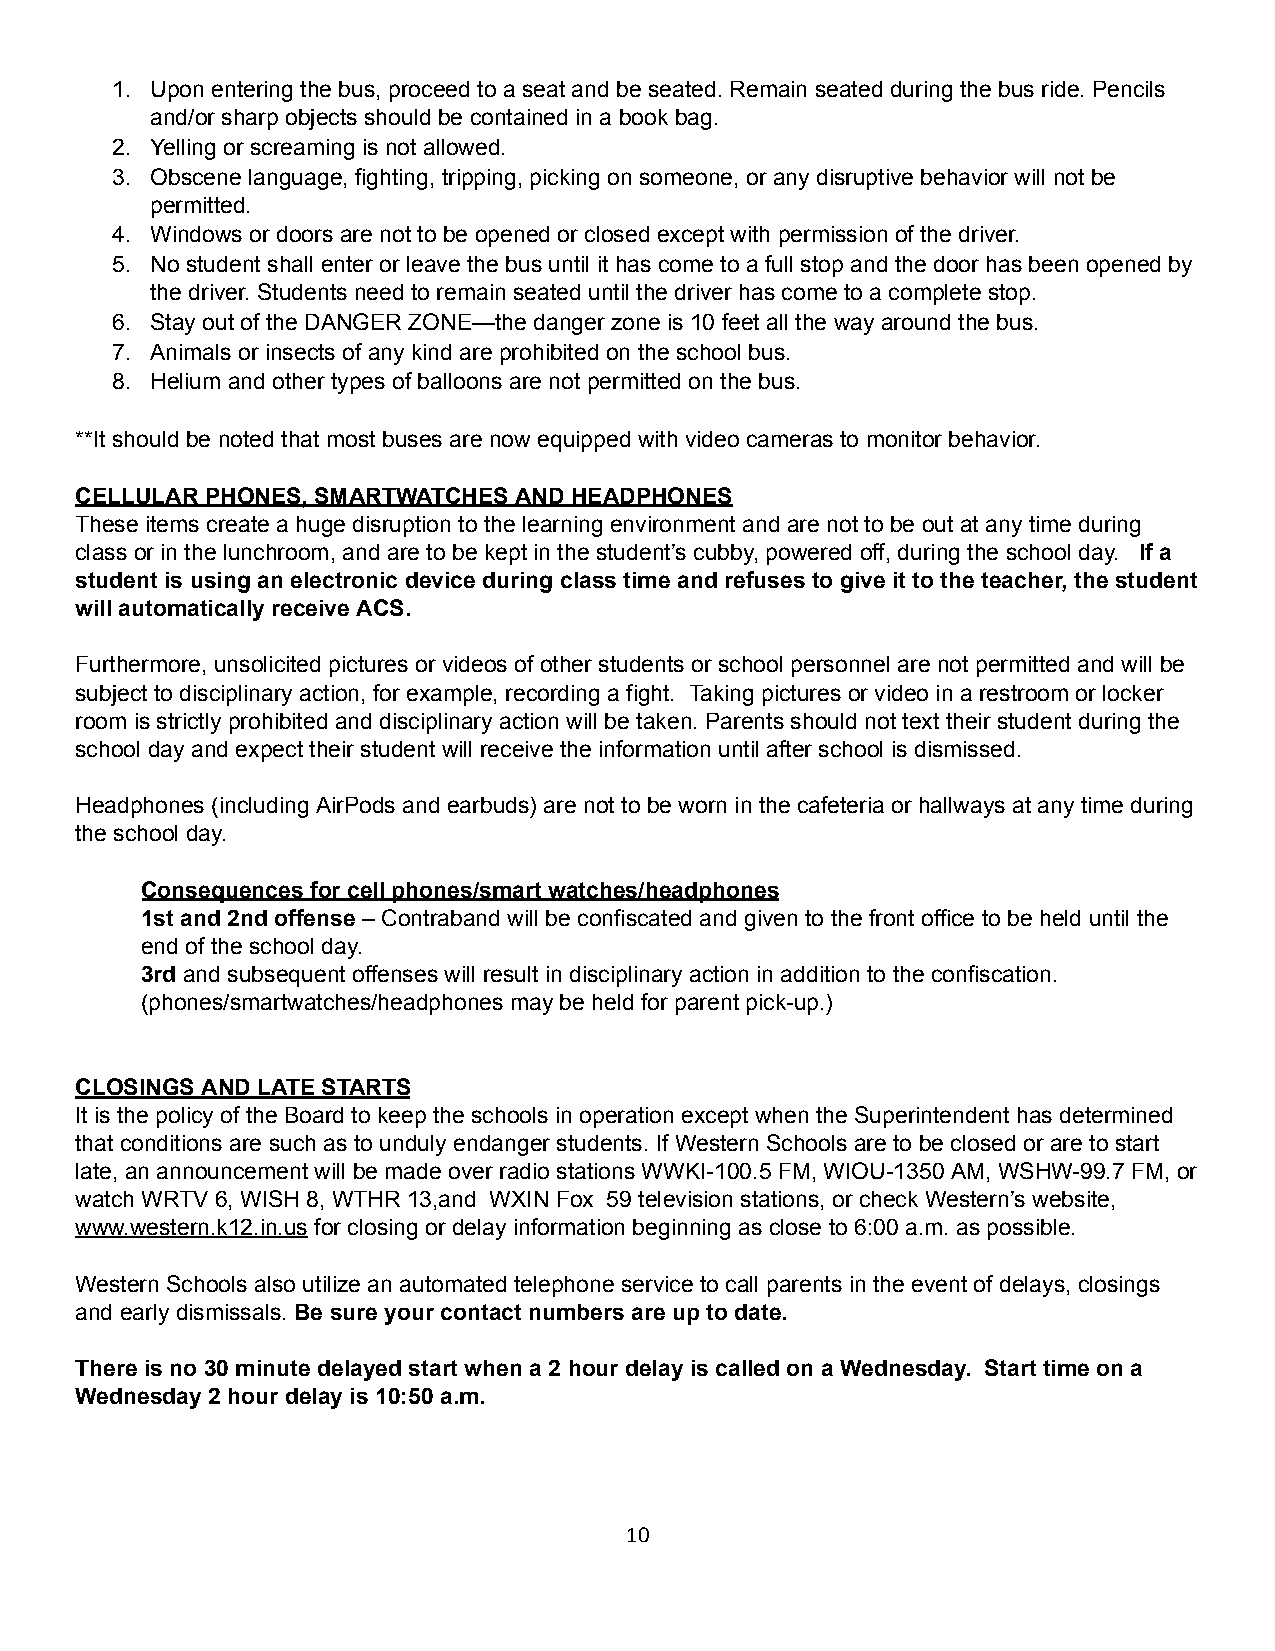
1. Upon entering the bus, proceed to a seat and be seated. Remain seated during the bus ride. Pencils
 and/or sharp objects should be contained in a book bag.
 2. Yelling or screaming is not allowed.
 3. Obscene language, fighting, tripping, picking on someone, or any disruptive behavior will not be
 permitted.
 4. Windows or doors are not to be opened or closed except with permission of the driver.
 5. No student shall enter or leave the bus until it has come to a full stop and the door has been opened by
 the driver. Students need to remain seated until the driver has come to a complete stop.
 6. Stay out of the DANGER ZONE—the danger zone is 10 feet all the way around the bus.
 7. Animals or insects of any kind are prohibited on the school bus.
 8. Helium and other types of balloons are not permitted on the bus.
 **It should be noted that most buses are now equipped with video cameras to monitor behavior.
 CELLULAR PHONES, SMARTWATCHES AND HEADPHONES
 These items create a huge disruption to the learning environment and are not to be out at any time during
 class or in the lunchroom, and are to be kept in the student’s cubby, powered off, during the school day. If a
 student is using an electronic device during class time and refuses to give it to the teacher, the student
 will automatically receive ACS.
 Furthermore, unsolicited pictures or videos of other students or school personnel are not permitted and will be
 subject to disciplinary action, for example, recording a fight. Taking pictures or video in a restroom or locker
 room is strictly prohibited and disciplinary action will be taken. Parents should not text their student during the
 school day and expect their student will receive the information until after school is dismissed.
 Headphones (including AirPods and earbuds) are not to be worn in the cafeteria or hallways at any time during
 the school day.
 Consequences for cell phones/smart watches/headphones
 1st and 2nd offense – Contraband will be confiscated and given to the front office to be held until the
 end of the school day.
 3rd and subsequent offenses will result in disciplinary action in addition to the confiscation.
 (phones/smartwatches/headphones may be held for parent pick-up.)
 CLOSINGS AND LATE STARTS
 It is the policy of the Board to keep the schools in operation except when the Superintendent has determined
 that conditions are such as to unduly endanger students. If Western Schools are to be closed or are to start
 late, an announcement will be made over radio stations WWKI-100.5 FM, WIOU-1350 AM, WSHW-99.7 FM, or
 watch WRTV 6, WISH 8, WTHR 13,and WXIN Fox 59 television stations, or check Western’s website,
 www.western.k12.in.us for closing or delay information beginning as close to 6:00 a.m. as possible.
 Western Schools also utilize an automated telephone service to call parents in the event of delays, closings
 and early dismissals. Be sure your contact numbers are up to date.
 There is no 30 minute delayed start when a 2 hour delay is called on a Wednesday. Start time on a
 Wednesday 2 hour delay is 10:50 a.m.
 10